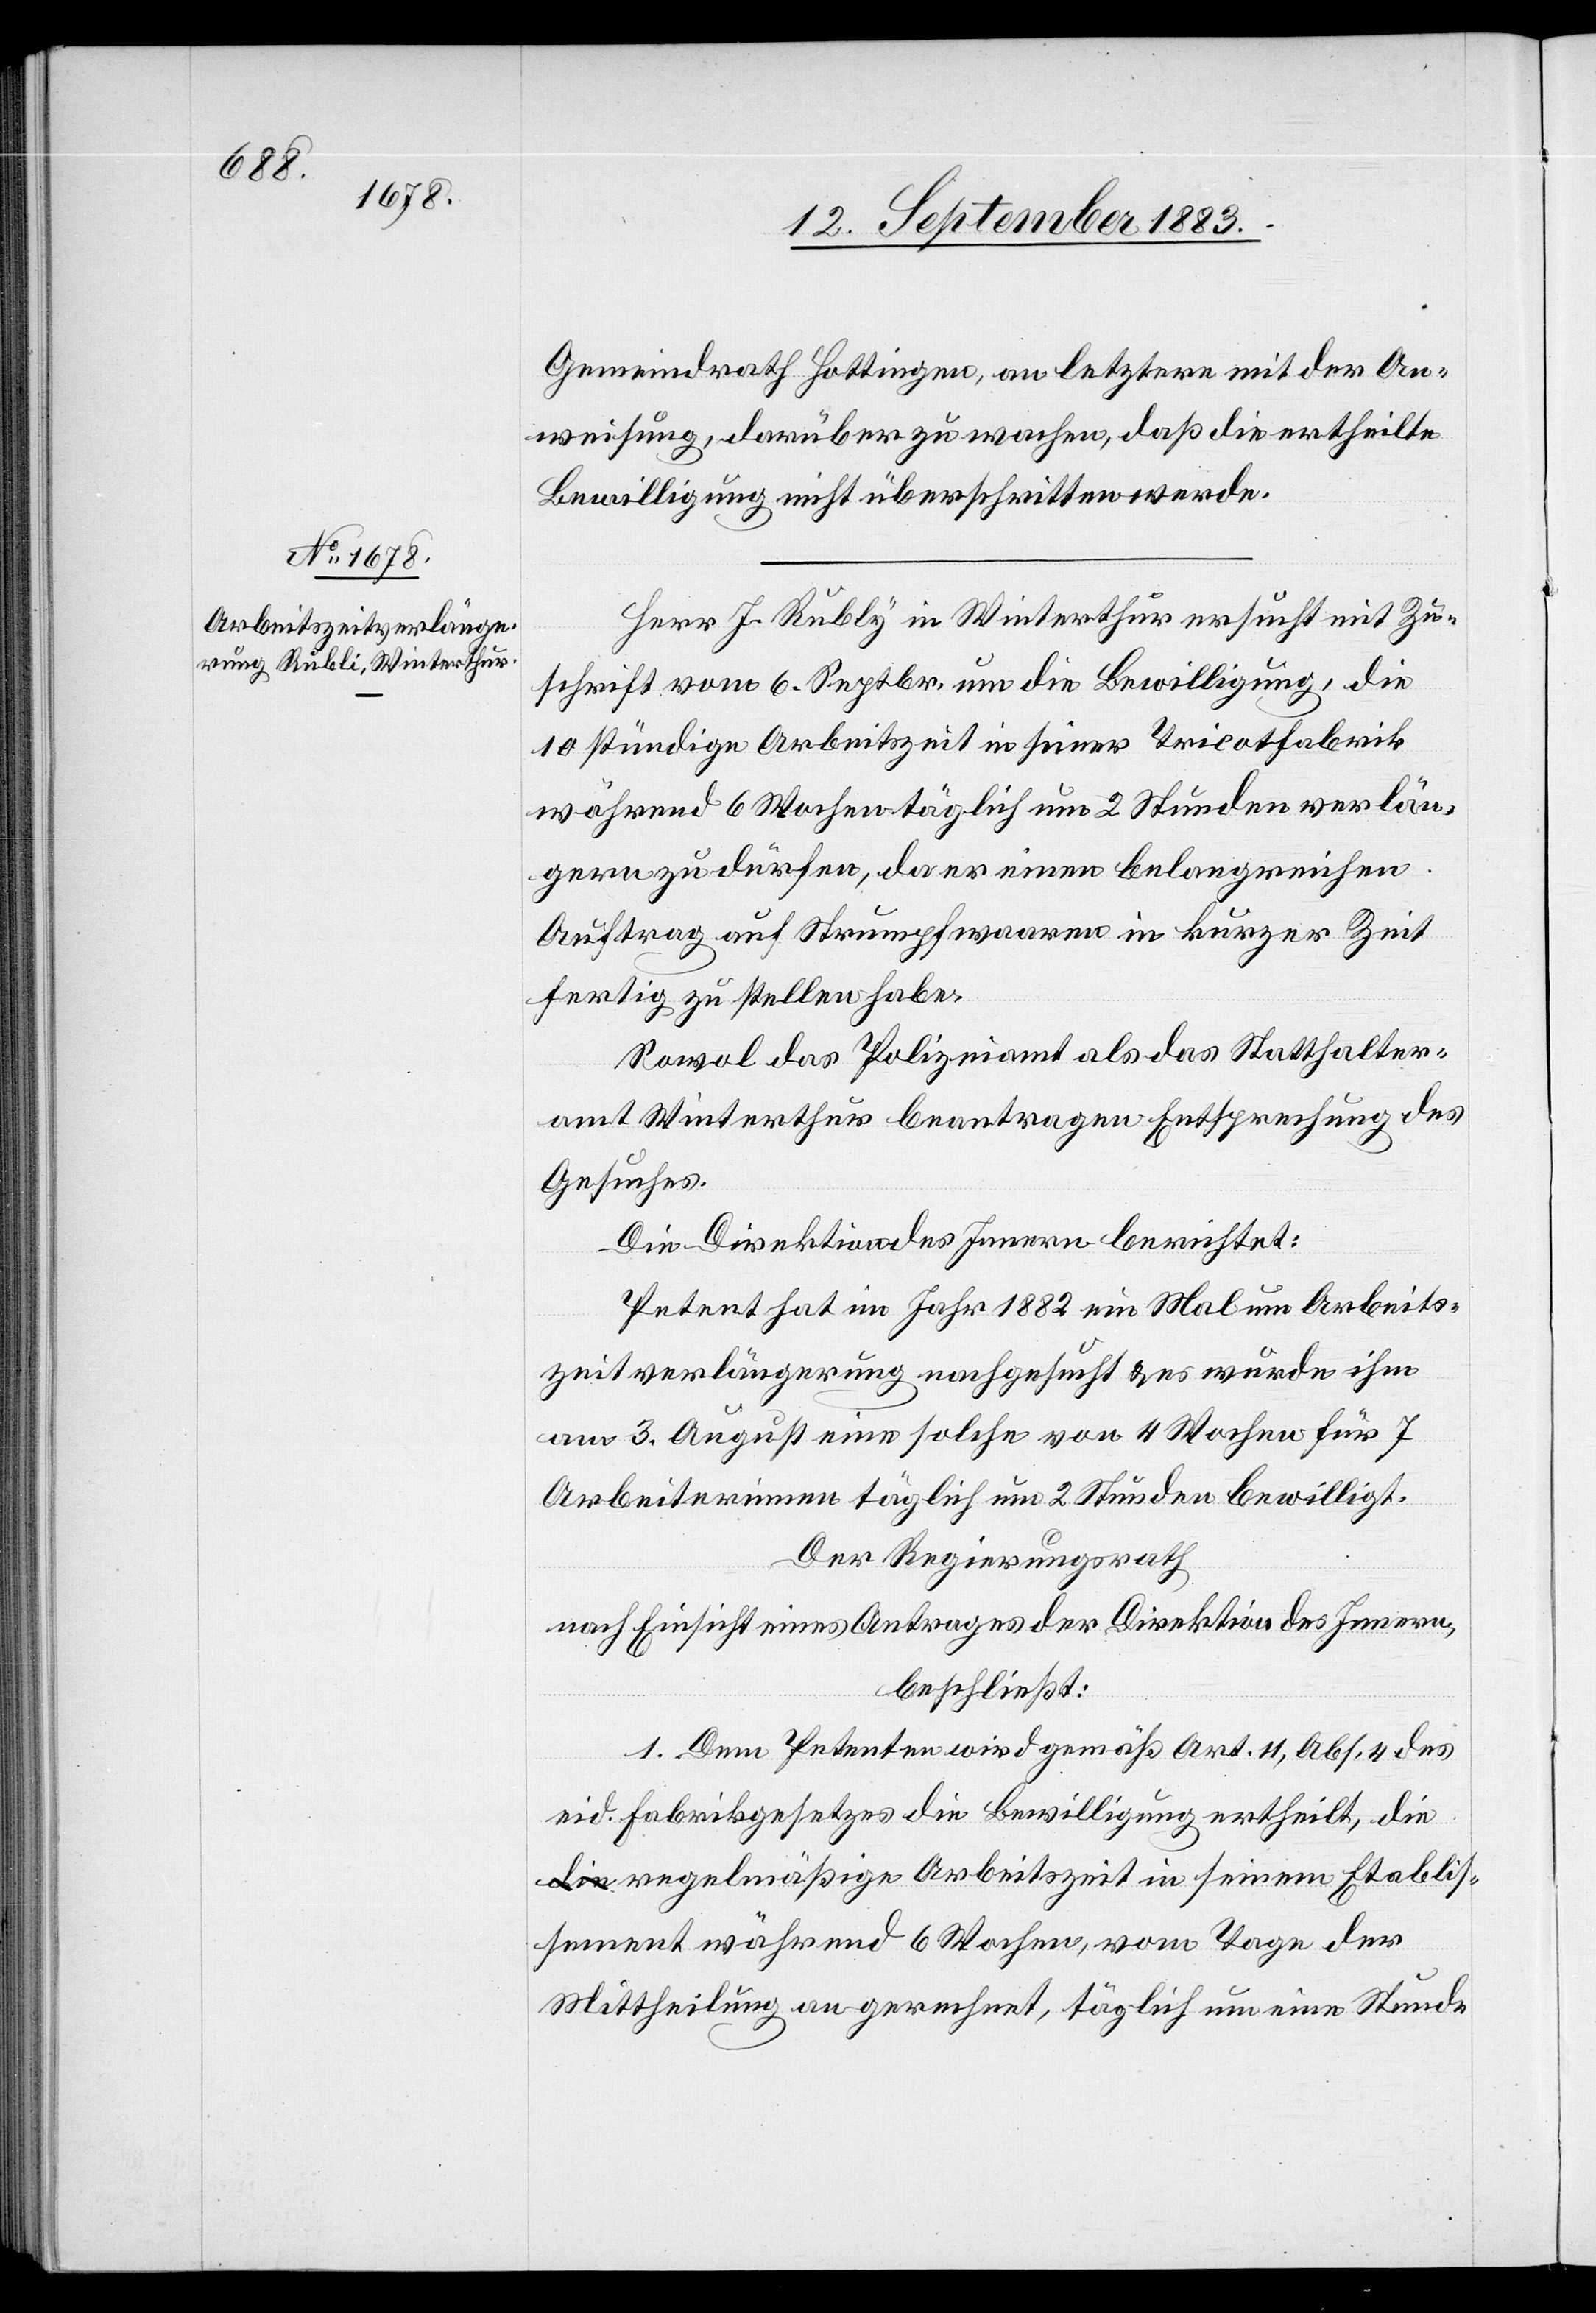
Gemeindrath Hottingen, an letztere mit der An¬
weisung, darüber zu wachen, daß die ertheilte
Bewilligung nicht überschritten werde.
Herr J. Rubly [sic!] in Winterthur ersucht mit Zu¬
schrift vom 6. Septbr. um die Bewilligung, die
10 stündige Arbeitszeit in seiner Tricotfabrik
während 6 Wochen täglich um 2 Stunden verlän¬
gern zu dürfen, da er einen belangreichen
Auftrag auf Strumpfwaaren in kurzer Zeit
fertig zu stellen habe.
Sowol das Polizeiamt als das Statthalter¬
amt Winterthur beantragen Entsprechung des
Gesuches.
Die Direktion des Innern berichtet:
Petent hat im Jahr 1882 ein Mal um Arbeits¬
zeitverlängerung nachgesucht & es wurde ihm
am 3. August eine solche von 4 Wochen für 7
Arbeiterinnen täglich um 2 Stunden bewilligt.
Der Regierungsrath,
nach Einsicht eines Antrages der Direktion des Innern,
beschließt:
1. Dem Petenten wird gemäß Art. 11, Abs. 4 des
eid. Fabrikgesetzes die Bewilligung ertheilt, die
regelmäßige Arbeitszeit in seinem Etablis¬
sement während 6 Wochen, vom Tage der
Mittheilung an gerechnet, täglich um eine Stunde